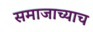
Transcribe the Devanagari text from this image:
समाजाच्याच